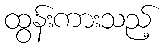
ထွန်းကားသည့်